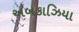
અબકાઝિયા